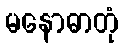
မနောဓာတုံ